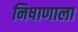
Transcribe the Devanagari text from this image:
निषाणाला